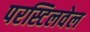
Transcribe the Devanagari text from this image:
परस्टिलवेल